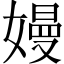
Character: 嫚